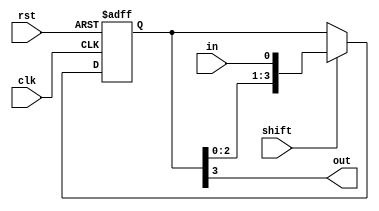
module siso (clk, rst, shift, in, out);
    input clk, rst, shift, in;
    output out;

    reg [3:0] d_ff;

    always @ (posedge clk, negedge rst) begin
        if(!rst) d_ff <= 4'b0;
        else begin
            if(shift) {d_ff[3:1], d_ff[0]} <= {d_ff[2:0], in};
            else d_ff <= d_ff;
        end
    end

    assign out = d_ff[3];
endmodule